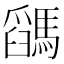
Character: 𩥓